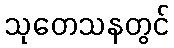
သုတေသနတွင်